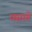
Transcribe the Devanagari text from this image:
घसरते